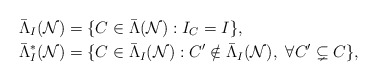
\begin{align*} \bar{\Lambda}_I(\mathcal{N}) & = \{C\in \bar{\Lambda}(\mathcal{N}): I_C = I\},\\ \bar{\Lambda}_I^*(\mathcal{N}) & = \{C\in \bar{\Lambda}_I(\mathcal{N}): C'\notin \bar{\Lambda}_I(\mathcal{N}),\ \forall C'\subsetneq C\},\end{align*}